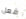
فعل